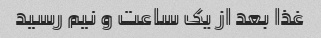
غذا بعد از یک ساعت و نیم رسید